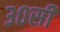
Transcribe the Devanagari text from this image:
३०सी